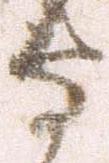
守